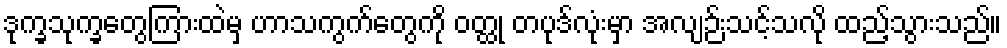
ဒုက္ခသုက္ခတွေကြားထဲမှ ဟာသကွက်တွေကို ဝတ္ထု တပုဒ်လုံးမှာ အလျဉ်းသင့်သလို ထည့်သွားသည်။